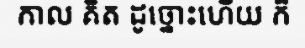
កាល គិត ដូច្នោះហើយ ក៏